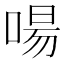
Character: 啺